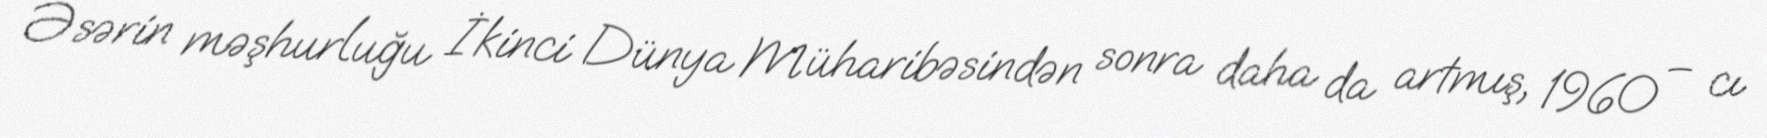
Əsərin məşhurluğu İkinci Dünya Müharibəsindən sonra daha da artmış, 1960 – cı